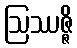
ဩဿဇ္ဇိ